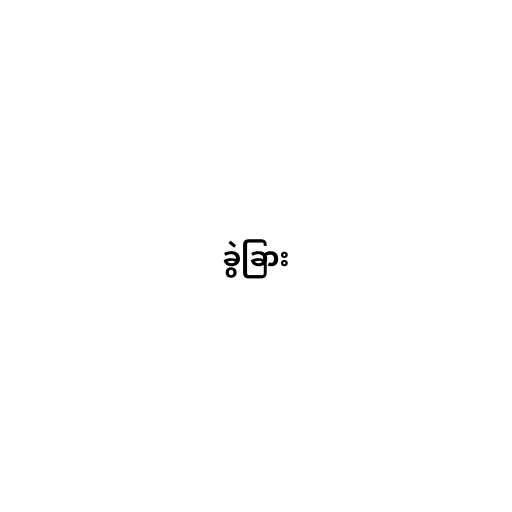
ခွဲခြား